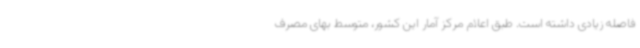
فاصله زیادی داشته است. طبق اعلام مرکز آمار این کشور، متوسط بهای مصرف